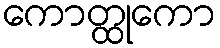
ကောတ္ထုကော